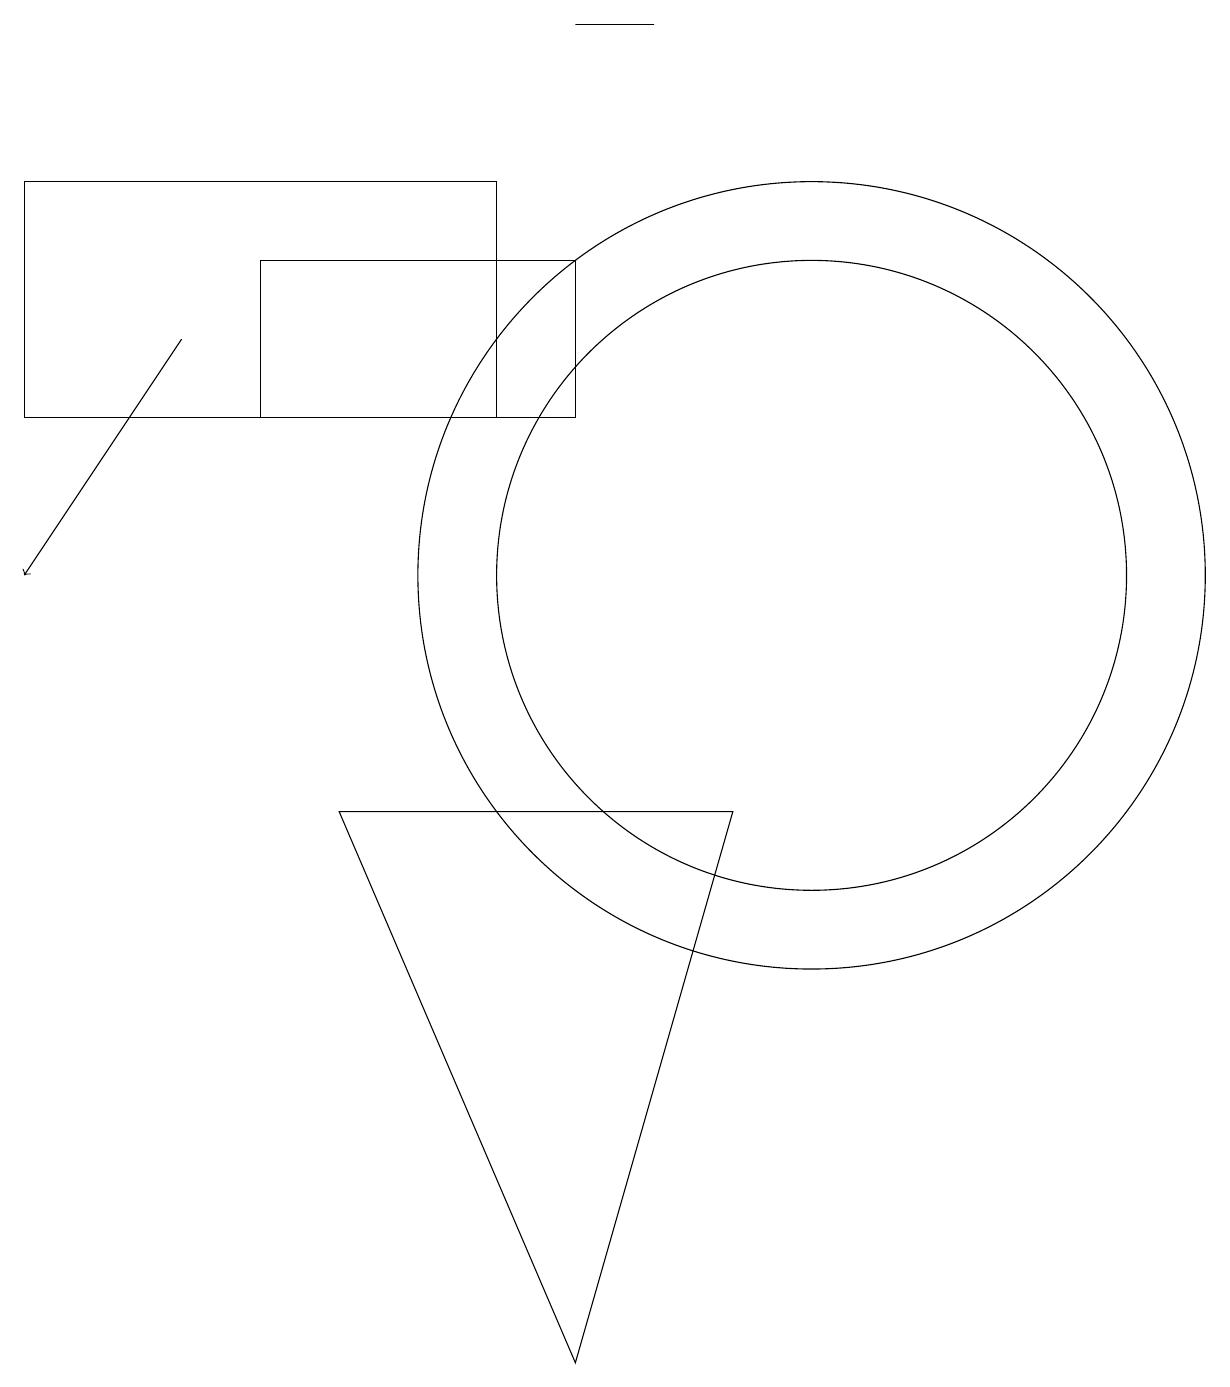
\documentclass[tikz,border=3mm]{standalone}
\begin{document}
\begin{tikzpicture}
\draw (7,13) rectangle (3,15);
\draw (4,8) -- (7,1) -- (9,8) -- cycle;
\draw (6,13) rectangle (0,16);
\draw (8,18) rectangle (7,18);
\draw (10,11) circle (5);
\draw[->] (2,14) -- (0,11);
\draw (10,11) circle (4);
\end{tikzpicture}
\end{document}